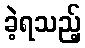
ခဲ့ရသည့်